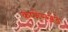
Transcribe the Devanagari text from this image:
कण्हेरखेडे